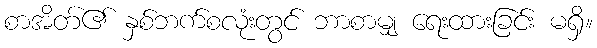
စာအိတ်၏ နှစ်ဘက်စလုံးတွင် ဘာစာမျှ ရေးထားခြင်း မရှိ။